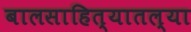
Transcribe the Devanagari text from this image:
बालसाहित्यातल्या